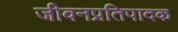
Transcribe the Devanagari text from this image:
जीवनप्रतिपादक